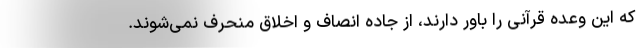
که این وعده قرآنی را باور دارند، از جاده انصاف و اخلاق منحرف نمی‌شوند.